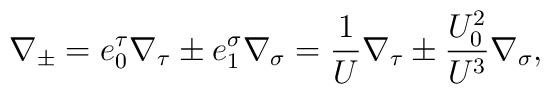
\nabla_\pm = e^\tau _0\nabla_\tau \pm e^\sigma _1\nabla_\sigma =\frac{1}{U}\nabla_\tau \pm \frac{U_0 ^2}{U^3}\nabla_\sigma ,